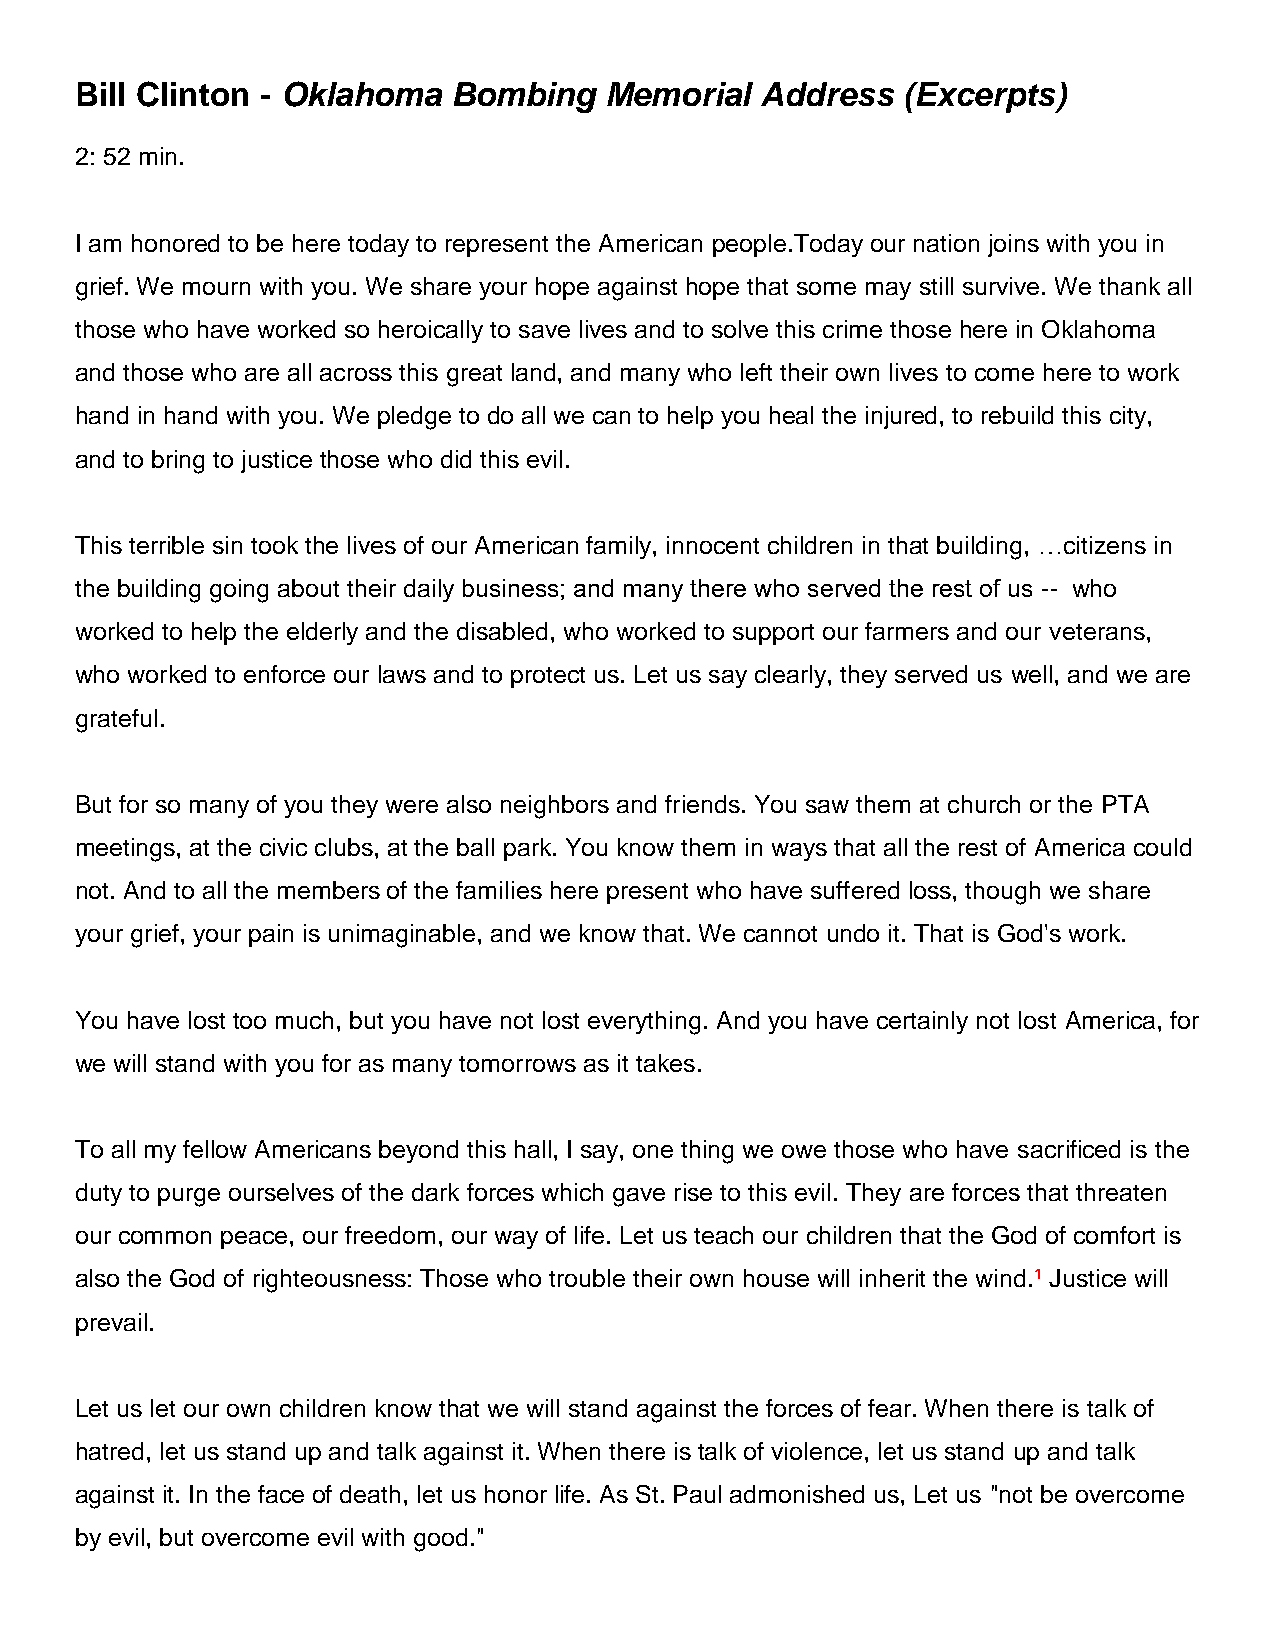
Bill Clinton - Oklahoma  Bombing   Memorial  Address   (Excerpts)
 2: 52 min.
 I am honored to be here today to represent the American people.Today our nation joins with you in
 grief. We mourn with you. We share your hope against hope that some may still survive. We thank all
 those who have worked so heroically to save lives and to solve this crime those here in Oklahoma
 and those who are all across this great land, and many who left their own lives to come here to work
 hand in hand with you. We pledge to do all we can to help you heal the injured, to rebuild this city,
 and to bring to justice those who did this evil.
 This terrible sin took the lives of our American family, innocent children in that building, …citizens in
 the building going about their daily business; and many there who served the rest of us -- who
 worked to help the elderly and the disabled, who worked to support our farmers and our veterans,
 who worked to enforce our laws and to protect us. Let us say clearly, they served us well, and we are
 grateful.
 But for so many of you they were also neighbors and friends. You saw them at church or the PTA
 meetings, at the civic clubs, at the ball park. You know them in ways that all the rest of America could
 not. And to all the members of the families here present who have suffered loss, though we share
 your grief, your pain is unimaginable, and we know that. We cannot undo it. That is God's work.
 You have lost too much, but you have not lost everything. And you have certainly not lost America, for
 we will stand with you for as many tomorrows as it takes.
 To all my fellow Americans beyond this hall, I say, one thing we owe those who have sacrificed is the
 duty to purge ourselves of the dark forces which gave rise to this evil. They are forces that threaten
 our common peace, our freedom, our way of life. Let us teach our children that the God of comfort is
 also the God of righteousness: Those who trouble their own house will inherit the wind.¹ Justice will
 prevail.
 Let us let our own children know that we will stand against the forces of fear. When there is talk of
 hatred, let us stand up and talk against it. When there is talk of violence, let us stand up and talk
 against it. In the face of death, let us honor life. As St. Paul admonished us, Let us "not be overcome
 by evil, but overcome evil with good."